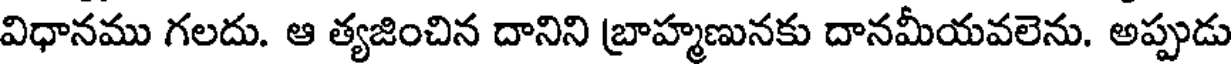
విధానము గలదు. ఆ త్యజించిన దానిని బ్రాహ్మణునకు దానమీయవలెను. అప్పుడు